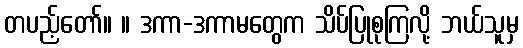
တပည့်တော်။ ။ ဒကာ-ဒကာမတွေက သိပ်ပြုစုကြလို့ ဘယ်သူမှ